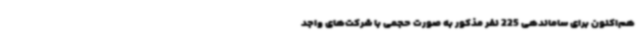
هم‌اکنون برای ساماندهی 225 نفر مذکور به صورت حجمی با شرکت‌های واجد